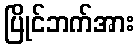
ပြိုင်ဘက်အား